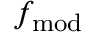
f _ { \mathrm { m o d } }